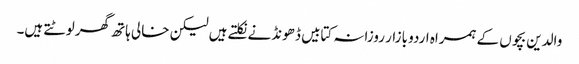
والدین بچوں کے ہمراہ اردو بازار روزانہ کتابیں ڈھونڈنے نکلتے ہیں لیکن خالی ہاتھ گھر لوٹتے ہیں۔